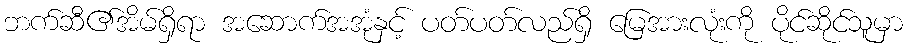
ဘက်ဆီ၏အိမ်ရှိရာ အဆောက်အအုံနှင့် ပတ်ပတ်လည်ရှိ မြေအားလုံးကို ပိုင်ဆိုင်သူမှာ